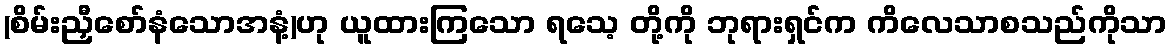
(စိမ်းညှီစော်နံသောအနံ့)ဟု ယူထားကြသော ရသေ့ တို့ကို ဘုရားရှင်က ကိလေသာစသည်ကိုသာ